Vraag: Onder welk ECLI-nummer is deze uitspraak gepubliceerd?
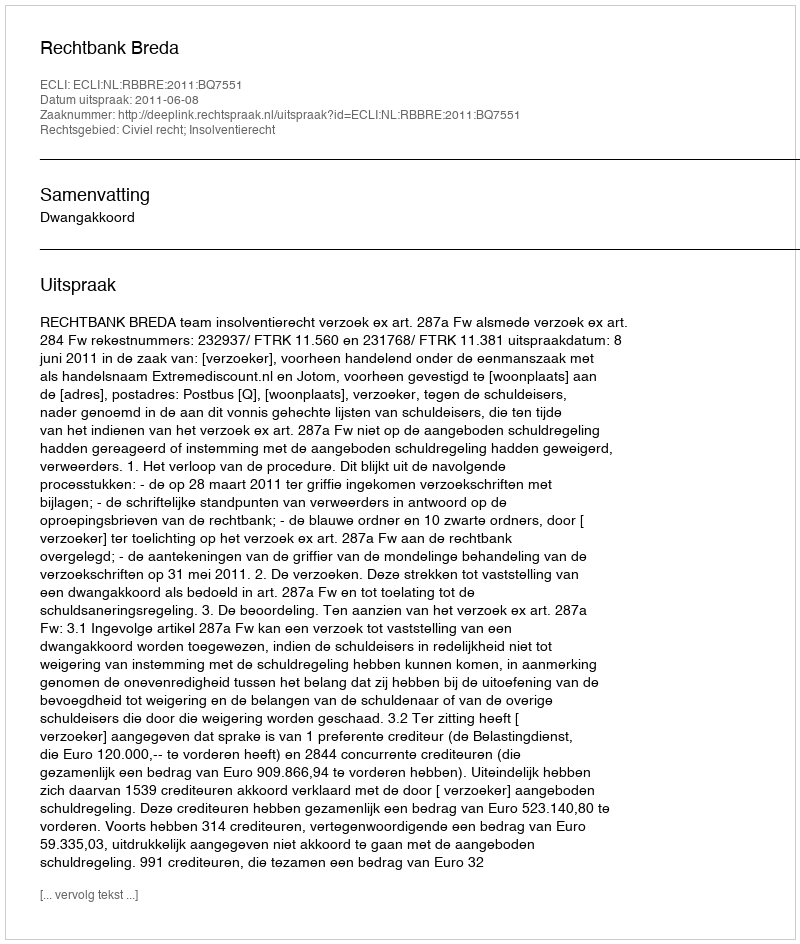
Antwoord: ECLI:NL:RBBRE:2011:BQ7551